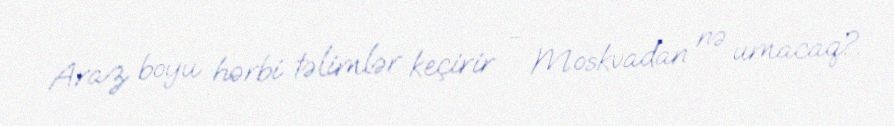
Araz boyu hərbi təlimlər keçirir - Moskvadan nə umacaq?.